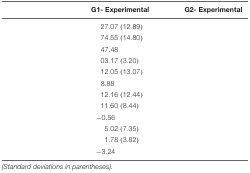
<table><thead><tr><td>[EMPTY_CELL]</td><td><b>G1- Experimental</b></td><td><b>G2- Experimental</b></td></tr></thead><tbody><tr><td>[EMPTY_CELL]</td><td>27.07 (12.89)</td><td>[EMPTY_CELL]</td></tr><tr><td>[EMPTY_CELL]</td><td>74.55 (14.80)</td><td>[EMPTY_CELL]</td></tr><tr><td>[EMPTY_CELL]</td><td>47.48</td><td>[EMPTY_CELL]</td></tr><tr><td>[EMPTY_CELL]</td><td>03.17 (3.20)</td><td>[EMPTY_CELL]</td></tr><tr><td>[EMPTY_CELL]</td><td>12.05 (13.07)</td><td>[EMPTY_CELL]</td></tr><tr><td>[EMPTY_CELL]</td><td>8.88</td><td>[EMPTY_CELL]</td></tr><tr><td>[EMPTY_CELL]</td><td>12.16 (12.44)</td><td>[EMPTY_CELL]</td></tr><tr><td>[EMPTY_CELL]</td><td>11.60 (8.44)</td><td>[EMPTY_CELL]</td></tr><tr><td>[EMPTY_CELL]</td><td>-0.56</td><td>[EMPTY_CELL]</td></tr><tr><td>[EMPTY_CELL]</td><td>5.02 (7.35)</td><td>[EMPTY_CELL]</td></tr><tr><td>[EMPTY_CELL]</td><td>1.78 (3.82)</td><td>[EMPTY_CELL]</td></tr><tr><td>[EMPTY_CELL]</td><td>-3.24</td><td>[EMPTY_CELL]</td></tr></tbody></table>